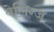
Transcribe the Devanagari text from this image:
बेलिग्ज